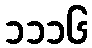
၁၁၁၆